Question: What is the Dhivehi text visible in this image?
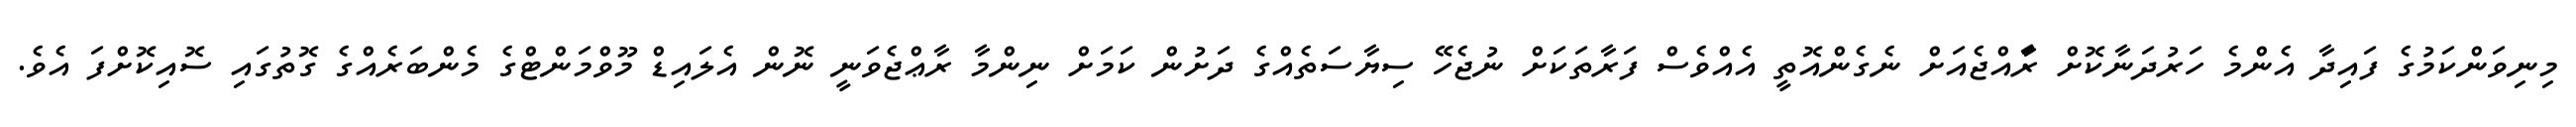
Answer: މިނިވަންކަމުގެ ފައިދާ އެންމެ ހަރުދަނާކޮށް ރަާއްޖެއަށް ނެގެންއޮތީ އެއްވެސް ފަރާތަކަށް ނުޖެހޭ ސިޔާސަތެއްގެ ދަށުން ކަމަށް ނިންމާ ރާޢްޖެވަނީ ނޮން އެލައިޑް މޫވްމަންޓްގެ މެންބަރެއްގެ ގޮތުގައި ސޮއިކޮށްފަ އެވެ.